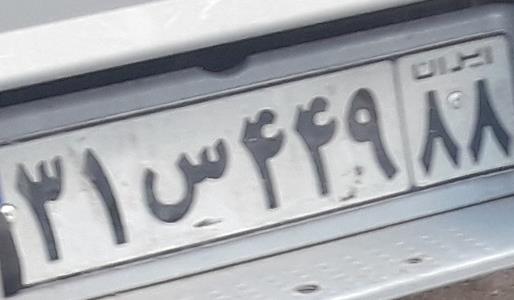
۳۱س۴۴۹۸۸